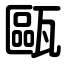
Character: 甌